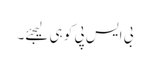
بی ایس پی کو ہی لیجئے۔